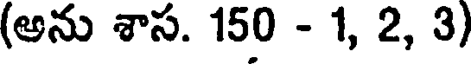
(అను శాస. 150 - 1, 2, 3)